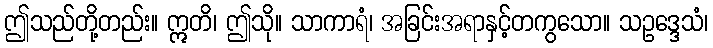
ဤသည်တို့တည်း။ ဣတိ၊ ဤသို။ သာကာရံ၊ အခြင်းအရာနှင့်တကွသော။ သဥဒ္ဒေသံ၊